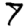
Digit: 7